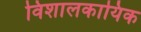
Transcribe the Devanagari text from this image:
विशालकायिक